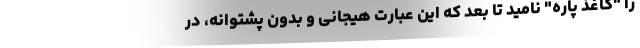
را "کاغذ پاره" نامید تا بعد که این عبارت هیجانی و بدون پشتوانه، در